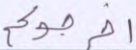
أخرجوكم